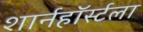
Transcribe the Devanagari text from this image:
शार्नहॉर्स्टला